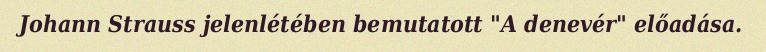
Johann Strauss jelenlétében bemutatott "A denevér" előadása.